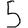
Digit: 5